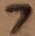
Text: 7